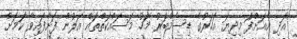
އަދި އެއަށްފަު މިދިޔަ އަހަރުގެ ޑިސެމްބަރު މަހު މަސައްކަތްތައް އަލުން ފަށާފައިވާ ކަމަށް